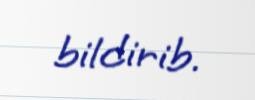
bildirib.